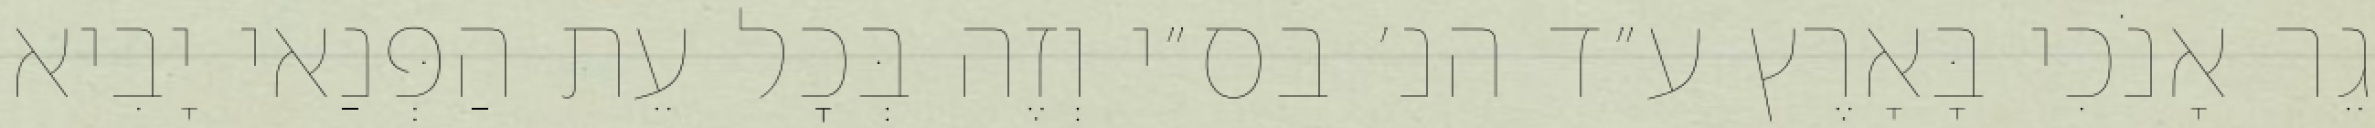
גֵר אָנֹכִי בָּאָרֶץ ע״ד הנ׳ בס״י וְזֶה בְּכׇל עֵת הַפְּנַאי יָבִיא